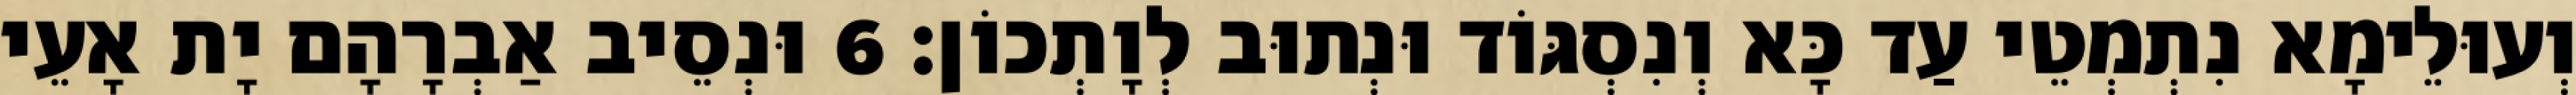
וְעוּלֵימָא נִתְמְטֵי עַד כָּא וְנִסְגּוֹד וּנְתוּב לְוָתְכוֹן׃ 6 וּנְסֵיב אַבְרָהָם יָת אָעֵי